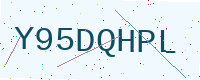
Text: Y95DQHPL